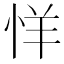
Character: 𰑘